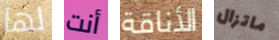
لها أنت الأناقة ماتزال